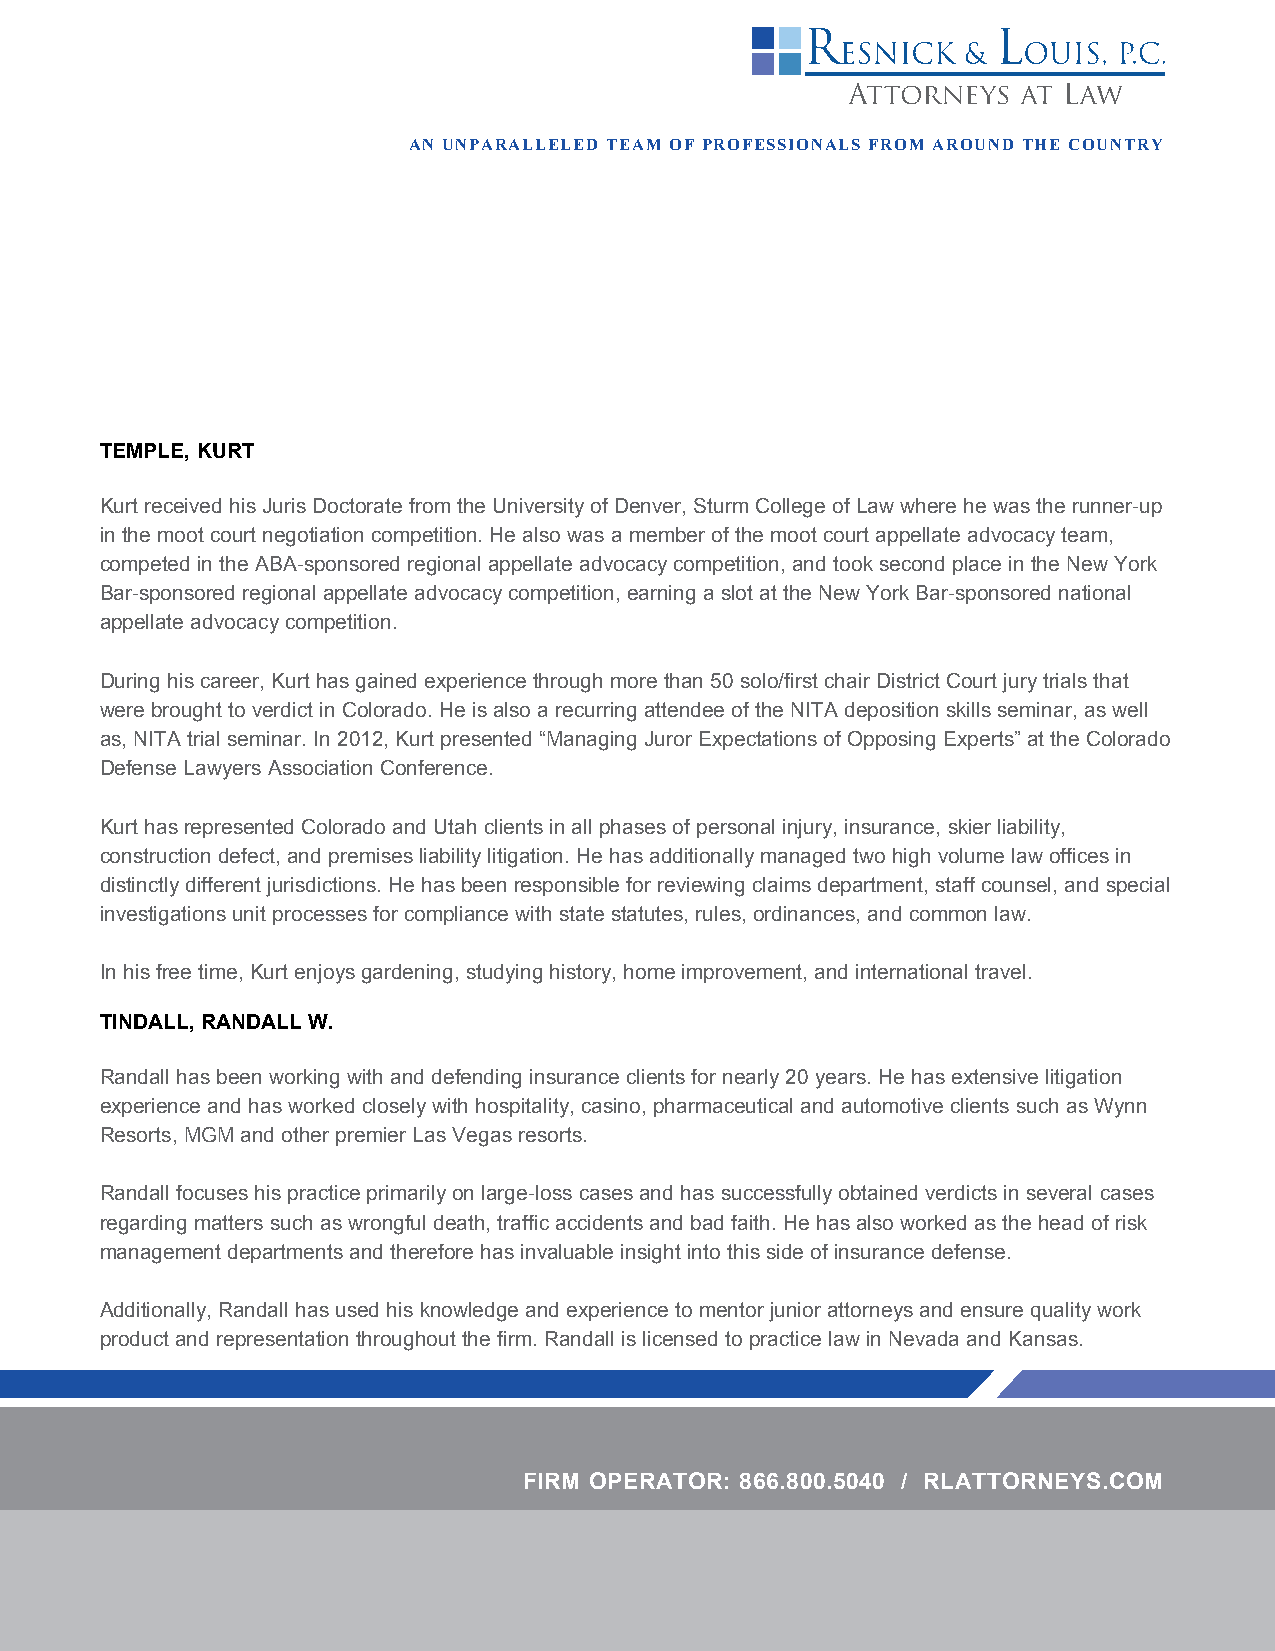
AN UNPARALLELED TEAM OF PROFESSIONALS FROM AROUND THE COUNTRY
 TEMPLE, KURT
 Kurt received his Juris Doctorate from the University of Denver, Sturm College of Law where he was the runner-up
 in the moot court negotiation competition. He also was a member of the moot court appellate advocacy team,
 competed in the ABA-sponsored regional appellate advocacy competition, and took second place in the New York
 Bar-sponsored regional appellate advocacy competition, earning a slot at the New York Bar-sponsored national
 appellate advocacy competition.
 During his career, Kurt has gained experience through more than 50 solo/first chair District Court jury trials that
 were brought to verdict in Colorado. He is also a recurring attendee of the NITA deposition skills seminar, as well
 as, NITA trial seminar. In 2012, Kurt presented “Managing Juror Expectations of Opposing Experts” at the Colorado
 Defense Lawyers Association Conference.
 Kurt has represented Colorado and Utah clients in all phases of personal injury, insurance, skier liability,
 construction defect, and premises liability litigation. He has additionally managed two high volume law offices in
 distinctly different jurisdictions. He has been responsible for reviewing claims department, staff counsel, and special
 investigations unit processes for compliance with state statutes, rules, ordinances, and common law.
 In his free time, Kurt enjoys gardening, studying history, home improvement, and international travel.
 TINDALL, RANDALL W.
 Randall has been working with and defending insurance clients for nearly 20 years. He has extensive litigation
 experience and has worked closely with hospitality, casino, pharmaceutical and automotive clients such as Wynn
 Resorts, MGM and other premier Las Vegas resorts.
 Randall focuses his practice primarily on large-loss cases and has successfully obtained verdicts in several cases
 regarding matters such as wrongful death, traffic accidents and bad faith. He has also worked as the head of risk
 management departments and therefore has invaluable insight into this side of insurance defense.
 Additionally, Randall has used his knowledge and experience to mentor junior attorneys and ensure quality work
 product and representation throughout the firm. Randall is licensed to practice law in Nevada and Kansas.
 FIRM OPERATOR: 866.800.5040 / RLATTORNEYS.COM